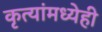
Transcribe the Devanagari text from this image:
कृत्यांमध्येही